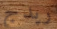
ريدج